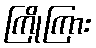
ကြိုကြား